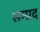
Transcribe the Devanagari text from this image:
सम्प्रद